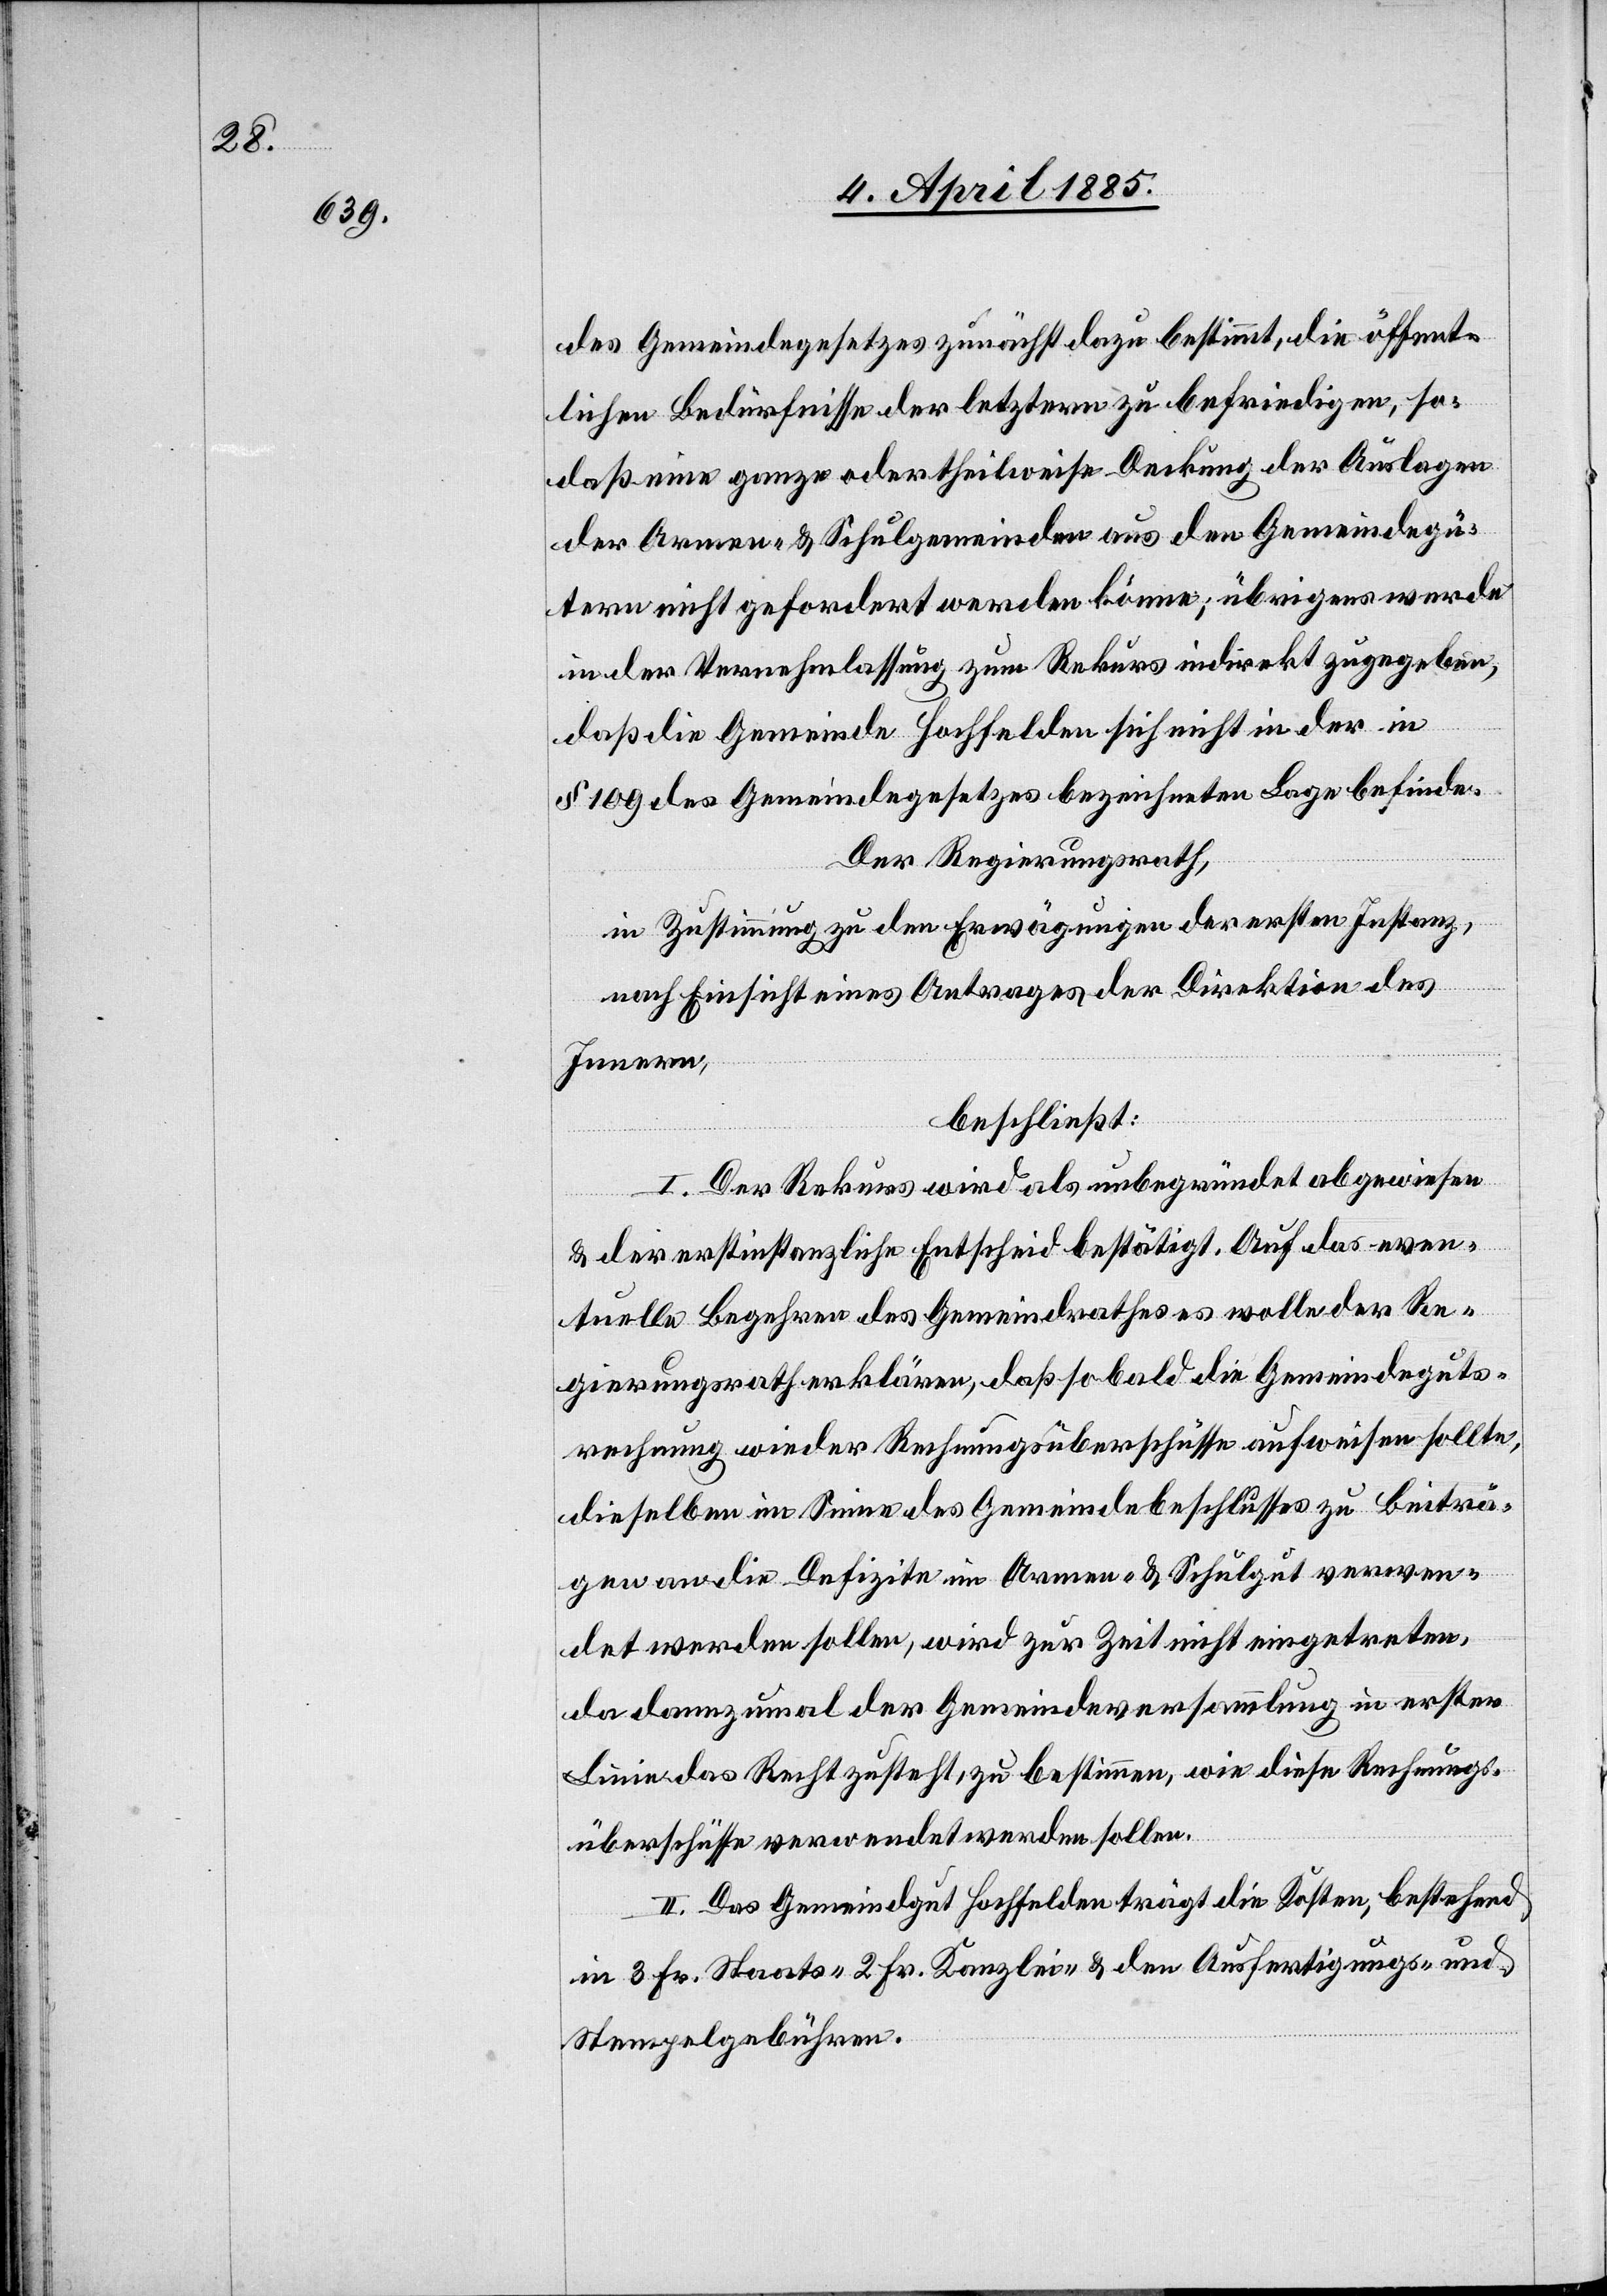
des Gemeindegesetzes zunächst dazu bestimmt, die öffent¬
lichen Bedürfnisse der letztern zu befriedigen, so¬
daß eine ganze oder theilweise Deckung der Auslagen
der Armen- & Schulgemeinden aus den Gemeindegü¬
tern nicht gefordert werden könne; übrigens werde
in der Vernehmlassung zum Rekurs indirekt zugegeben,
daß die Gemeinde Hochfelden sich nicht in der in
§ 109 des Gemeindegesetzes bezeichneten Lage befinde.
Der Regierungsrath,
in Zustimmung zu den Erwägungen der ersten Instanz,
nach Einsicht eines Antrages der Direktion des
Innern,
beschließt:
I. Der Rekurs wird als unbegründet abgewiesen
& der erstinstanzliche Entscheid bestätigt. Auf das even¬
tuelle Begehren des Gemeindrathes wolle der Re¬
gierungsrath erklären, daß sobald die Gemeindeguts¬
rechnung wieder Rechnungsüberschüsse aufweisen sollte,
dieselben im Sinne des Gemeindebeschlusses zu Beiträ¬
gen an die Defizite im Armen- & Schulgut verwen¬
det werden sollen, wird zur Zeit nicht eingetreten,
da dannzumal der Gemeindeversammlung in erster
Linie das Recht zusteht, zu bestimmen, wie diese Rechnungs¬
überschüsse verwendet werden sollen.
II. Das Gemeindgut Hochfelden trägt die Kosten, bestehend
in 3 Fr. Staats- 2 Fr. Kanzlei- & den Ausfertigungs- und
Stempelgebühren.